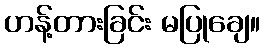
ဟန့်တားခြင်း မပြုချေ။